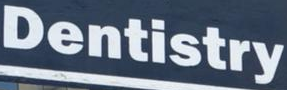
Dentistry